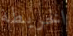
الخريطة